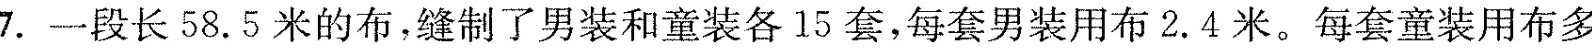
7.一段长58.5米的布，缝制了男装和童装各15套，每套男装用布2.4米。每套童装用布多